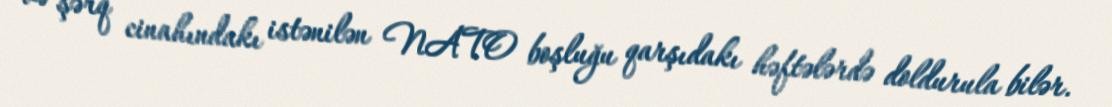
və şərq cinahındakı istənilən NATO boşluğu qarşıdakı həftələrdə doldurula bilər.